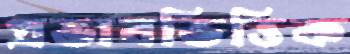
প্রভাবভিত্তিক